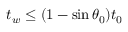
t _ { w } \le ( 1 - \sin \theta _ { 0 } ) t _ { 0 }